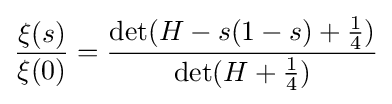
{\frac {\xi (s)}{\xi (0)}}={\frac {\det(H-s(1-s)+{\frac {1}{4}})}{\det(H+{\frac {1}{4}})}}